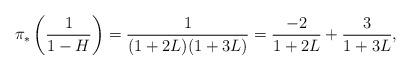
LaTeX: \begin{align*}\pi_* \left( \frac{1}{1-H} \right)=\frac{1}{(1+2L)(1+3L)}=\frac{-2}{1+2L}+\frac{3}{1+3L},\end{align*}